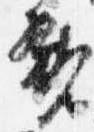
親